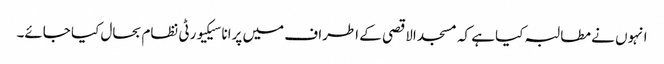
انہوں نے مطالبہ کیا ہے کہ مسجد الاقصی کے اطراف میں پرانا سیکیورٹی نظام بحال کیا جائے۔